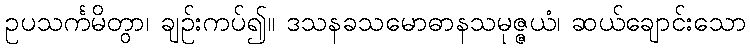
ဥပသင်္ကမိတွာ၊ ချဉ်းကပ်၍။ ဒသနခသမောဓာနသမုဇ္ဇယံ၊ ဆယ်ချောင်းသော